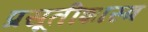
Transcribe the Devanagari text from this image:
प्रसूतीशास्त्र